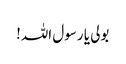
بولی یا رسول اللہ!